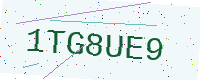
Text: 1TG8UE9